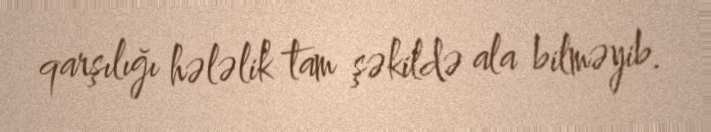
qarşılığı hələlik tam şəkildə ala bilməyib.